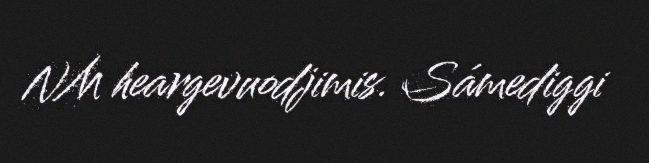
NM heargevuodjimis. Sámediggi